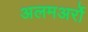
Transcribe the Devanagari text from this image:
अलमअर्रो